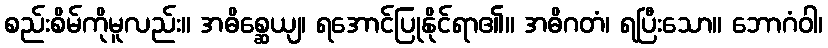
စည်းစိမ်ကိုမူလည်း။ အဓိစ္ဆေယျ၊ ရအောင်ပြုနိုင်ရာ၏။ အဓိဂတံ၊ ရပြီးသော။ ဘောဂံဝါ၊